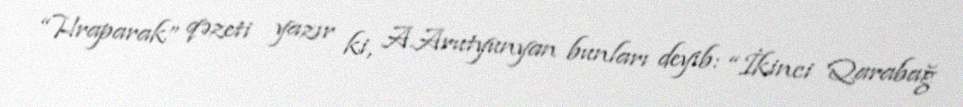
“Hraparak” qəzeti yazır ki, A.Arutyunyan bunları deyib: “İkinci Qarabağ